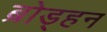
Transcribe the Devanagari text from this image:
ब्रोड्हन